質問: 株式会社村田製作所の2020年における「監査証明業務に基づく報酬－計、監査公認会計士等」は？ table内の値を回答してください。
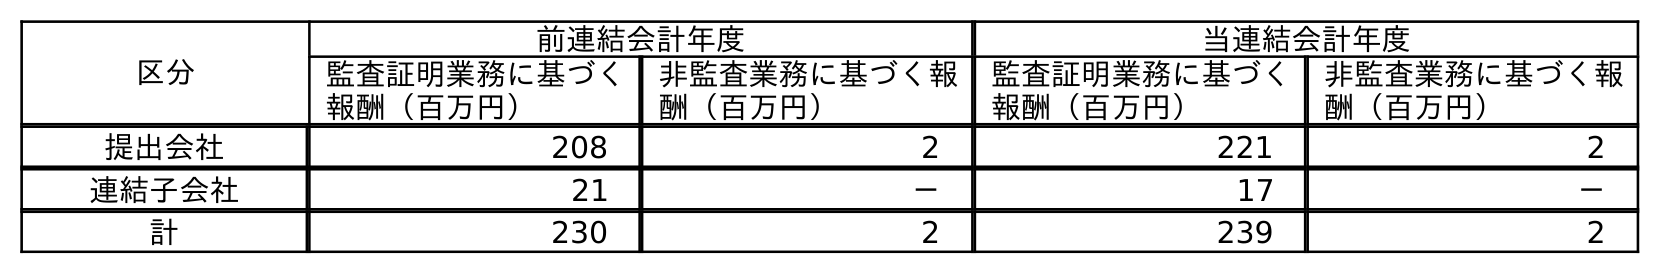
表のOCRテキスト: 区分 前連結会計年度 当連結会計年度 監査証明業務に基づく 報酬（百万円） 非監査業務に基づく報 酬（百万円） 監査証明業務に基づく 報酬（百万円） 非監査業務に基づく報 酬（百万円） 提出会社 208 2 221 2 連結子会社 21 － 17 － 計 230 2 239 2
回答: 239